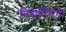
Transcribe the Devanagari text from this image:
विश्वनियंता